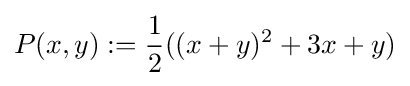
P(x,y):={\frac {1}{2}}((x+y)^{2}+3x+y)